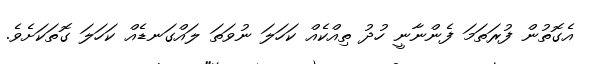
އެގޮތުން ފުރަތަމަ ފެންނާނީ ހުދު ތިއްކެއް ކަހަލަ ނުވަތަ ލައްގަނޑެއް ކަހަލަ ގޮތަކަށެވެ.